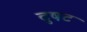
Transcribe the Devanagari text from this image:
दुषट